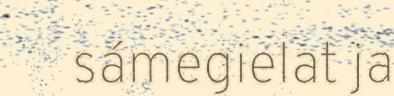
sámegielat ja